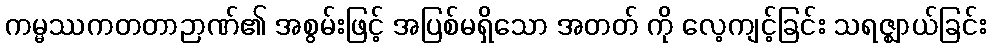
ကမ္မဿကတတာဉာဏ်၏ အစွမ်းဖြင့် အပြစ်မရှိသော အတတ် ကို လေ့ကျင့်ခြင်း သရဇ္ဈာယ်ခြင်း